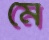
মৈ